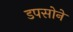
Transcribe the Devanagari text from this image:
डपसोने